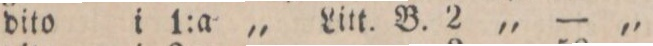
„ dito i 1:a „ Litt. B. 2 „ — „